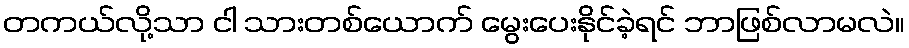
တကယ်လို့သာ ငါ သားတစ်ယောက် မွေးပေးနိုင်ခဲ့ရင် ဘာဖြစ်လာမလဲ။